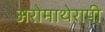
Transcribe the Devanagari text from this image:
अरोमाथेरापी